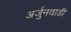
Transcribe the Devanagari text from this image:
अर्जुनवाडी